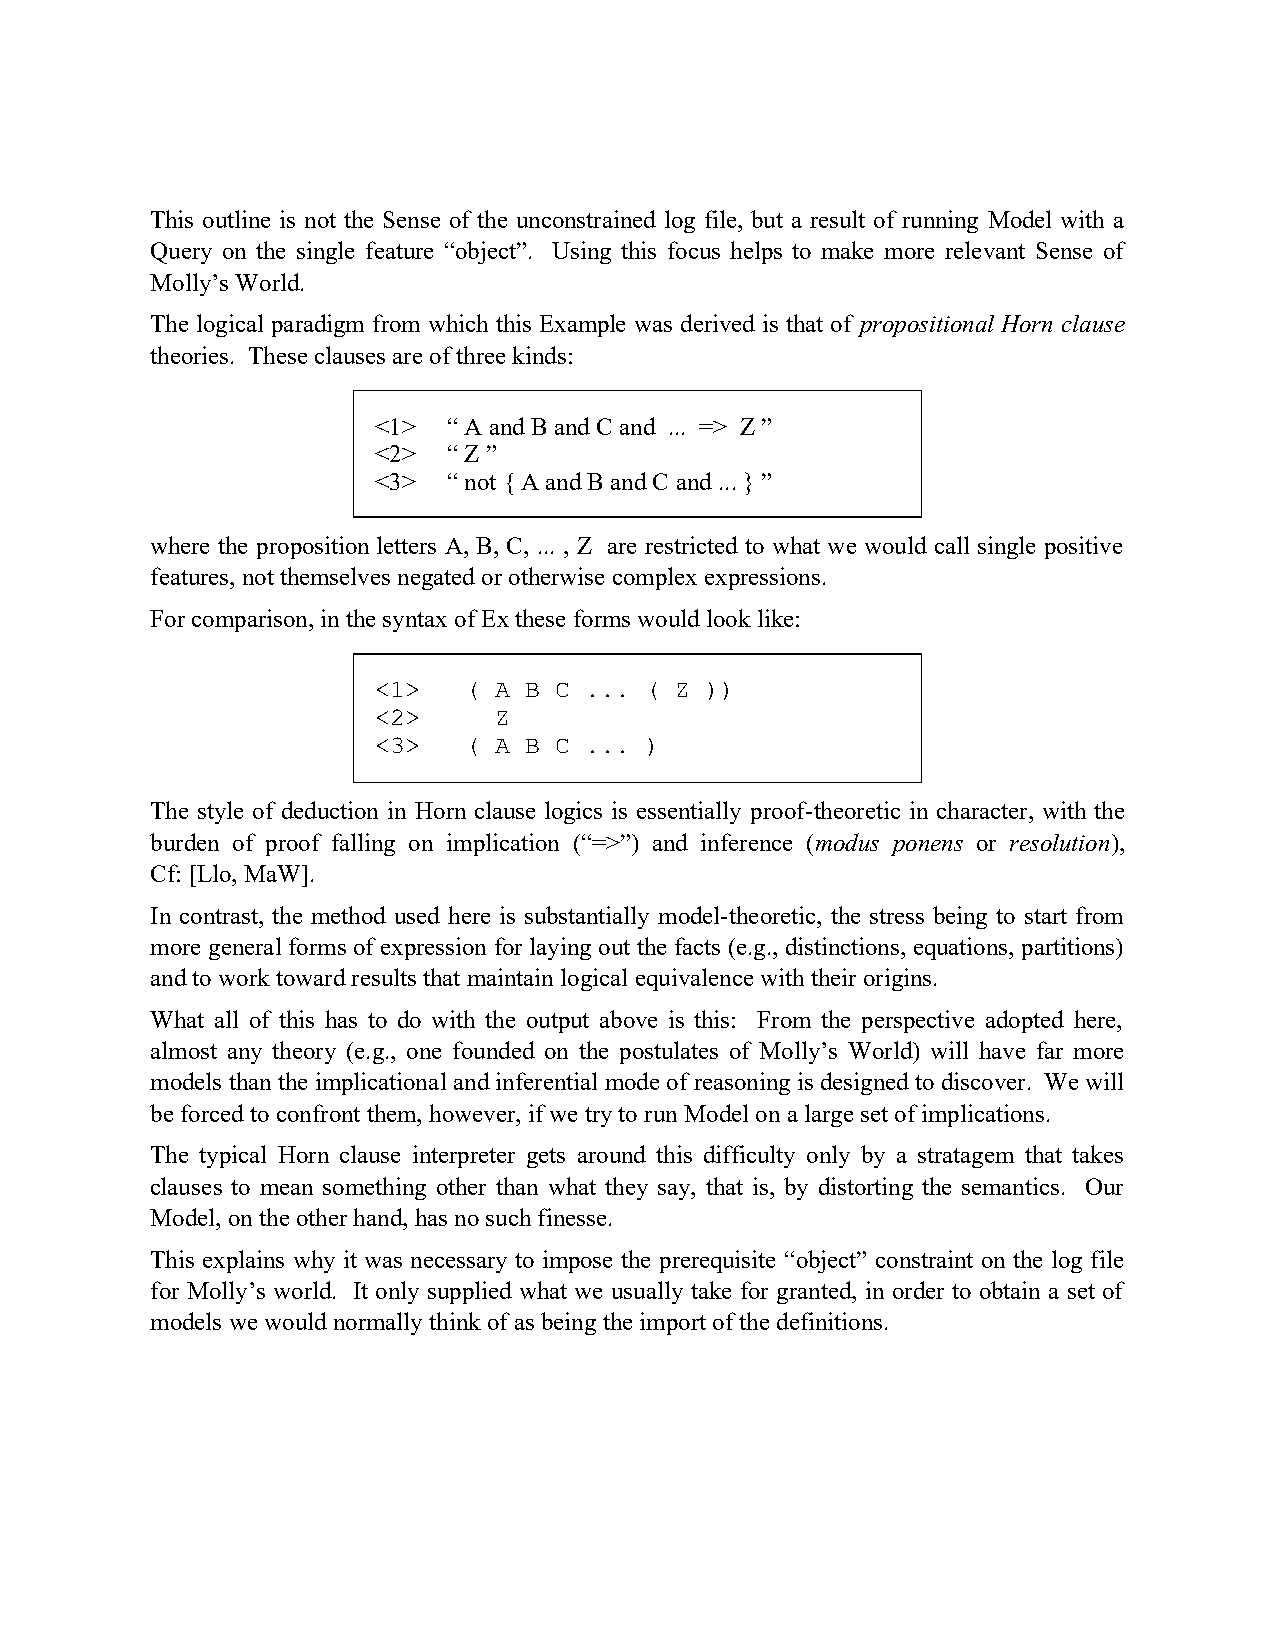
This outline is not the Sense of the unconstrained log file, but a result of running Model with a
 Query on the single feature “object”. Using this focus helps to make more relevant Sense of
 Molly’s World.
 The logical paradigm from which this Example was derived is that of propositional Horn clause
 theories. These clauses are of three kinds:
 <1>  “ A and B and C and ... => Z ”
 <2>  “ Z ”
 <3>  “ not { A and B and C and ... } ”
 where the proposition letters A, B, C, ... , Z are restricted to what we would call single positive
 features, not themselves negated or otherwise complex expressions.
 For comparison, in the syntax of Ex these forms would look like:
 <1>   ( A B C ... ( Z ))
 <2>     Z
 <3>   ( A B C ... )
 The style of deduction in Horn clause logics is essentially proof-theoretic in character, with the
 burden of proof falling on implication (“=>”) and inference (modus ponens or resolution),
 Cf: [Llo, MaW].
 In contrast, the method used here is substantially model-theoretic, the stress being to start from
 more general forms of expression for laying out the facts (e.g., distinctions, equations, partitions)
 and to work toward results that maintain logical equivalence with their origins.
 What all of this has to do with the output above is this: From the perspective adopted here,
 almost any theory (e.g., one founded on the postulates of Molly’s World) will have far more
 models than the implicational and inferential mode of reasoning is designed to discover. We will
 be forced to confront them, however, if we try to run Model on a large set of implications.
 The typical Horn clause interpreter gets around this difficulty only by a stratagem that takes
 clauses to mean something other than what they say, that is, by distorting the semantics. Our
 Model, on the other hand, has no such finesse.
 This explains why it was necessary to impose the prerequisite “object” constraint on the log file
 for Molly’s world. It only supplied what we usually take for granted, in order to obtain a set of
 models we would normally think of as being the import of the definitions.